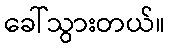
ခေါ်သွားတယ်။